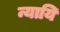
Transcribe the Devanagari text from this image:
न्यायि